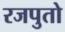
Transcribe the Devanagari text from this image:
रजपुतो